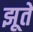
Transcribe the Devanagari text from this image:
झूते